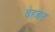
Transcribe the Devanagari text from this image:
बेहबेत